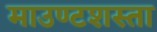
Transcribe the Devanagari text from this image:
माउण्टशस्ता